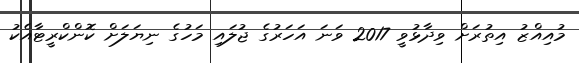
މުއިއްޒު އިތުރަށް ވިދާޅުވީ 2017 ވަނަ އަހަރުގެ ޖުލައި މަހުގެ ނިޔަލަށް ކޮންކްރީޓާއެކު